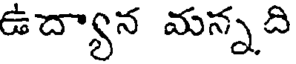
ఉద్యాన మన్నది